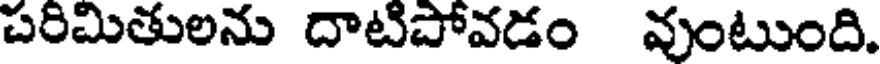
పరిమితులను దాటిపోవడం వుంటుంది.